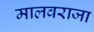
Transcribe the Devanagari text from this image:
मालवराजा